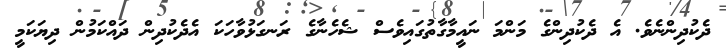
ދެކުދިންނެވެ. އެ ދެކުދިންގެ މަންމަ ނައީމާގާތުގައިވެސް ޝެހެނާގެ ރަނގަޅުވާހަކަ އެދެކުދިން ދައްކަމުން ދިޔަކަމީ